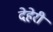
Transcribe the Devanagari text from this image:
देहेरी